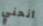
أنحني